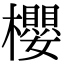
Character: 櫻